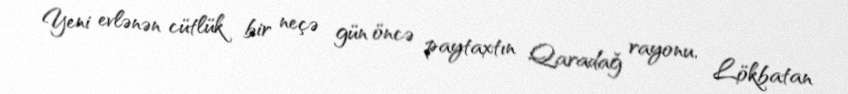
Yeni evlənən cütlük bir neçə gün öncə paytaxtın Qaradağ rayonu, Lökbatan